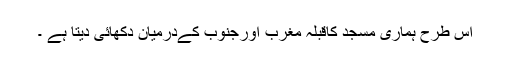
اس طرح ہماری مسجد کاقبلہ مغرب اورجنوب کےدرمیان دکھائی دیتا ہے ۔